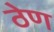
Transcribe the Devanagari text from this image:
ठेण